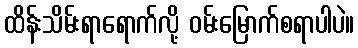
ထိန်းသိမ်းရာရောက်လို့ ဝမ်းမြောက်စရာပါပဲ။